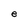
Character: e